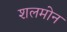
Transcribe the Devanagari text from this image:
शलमोन